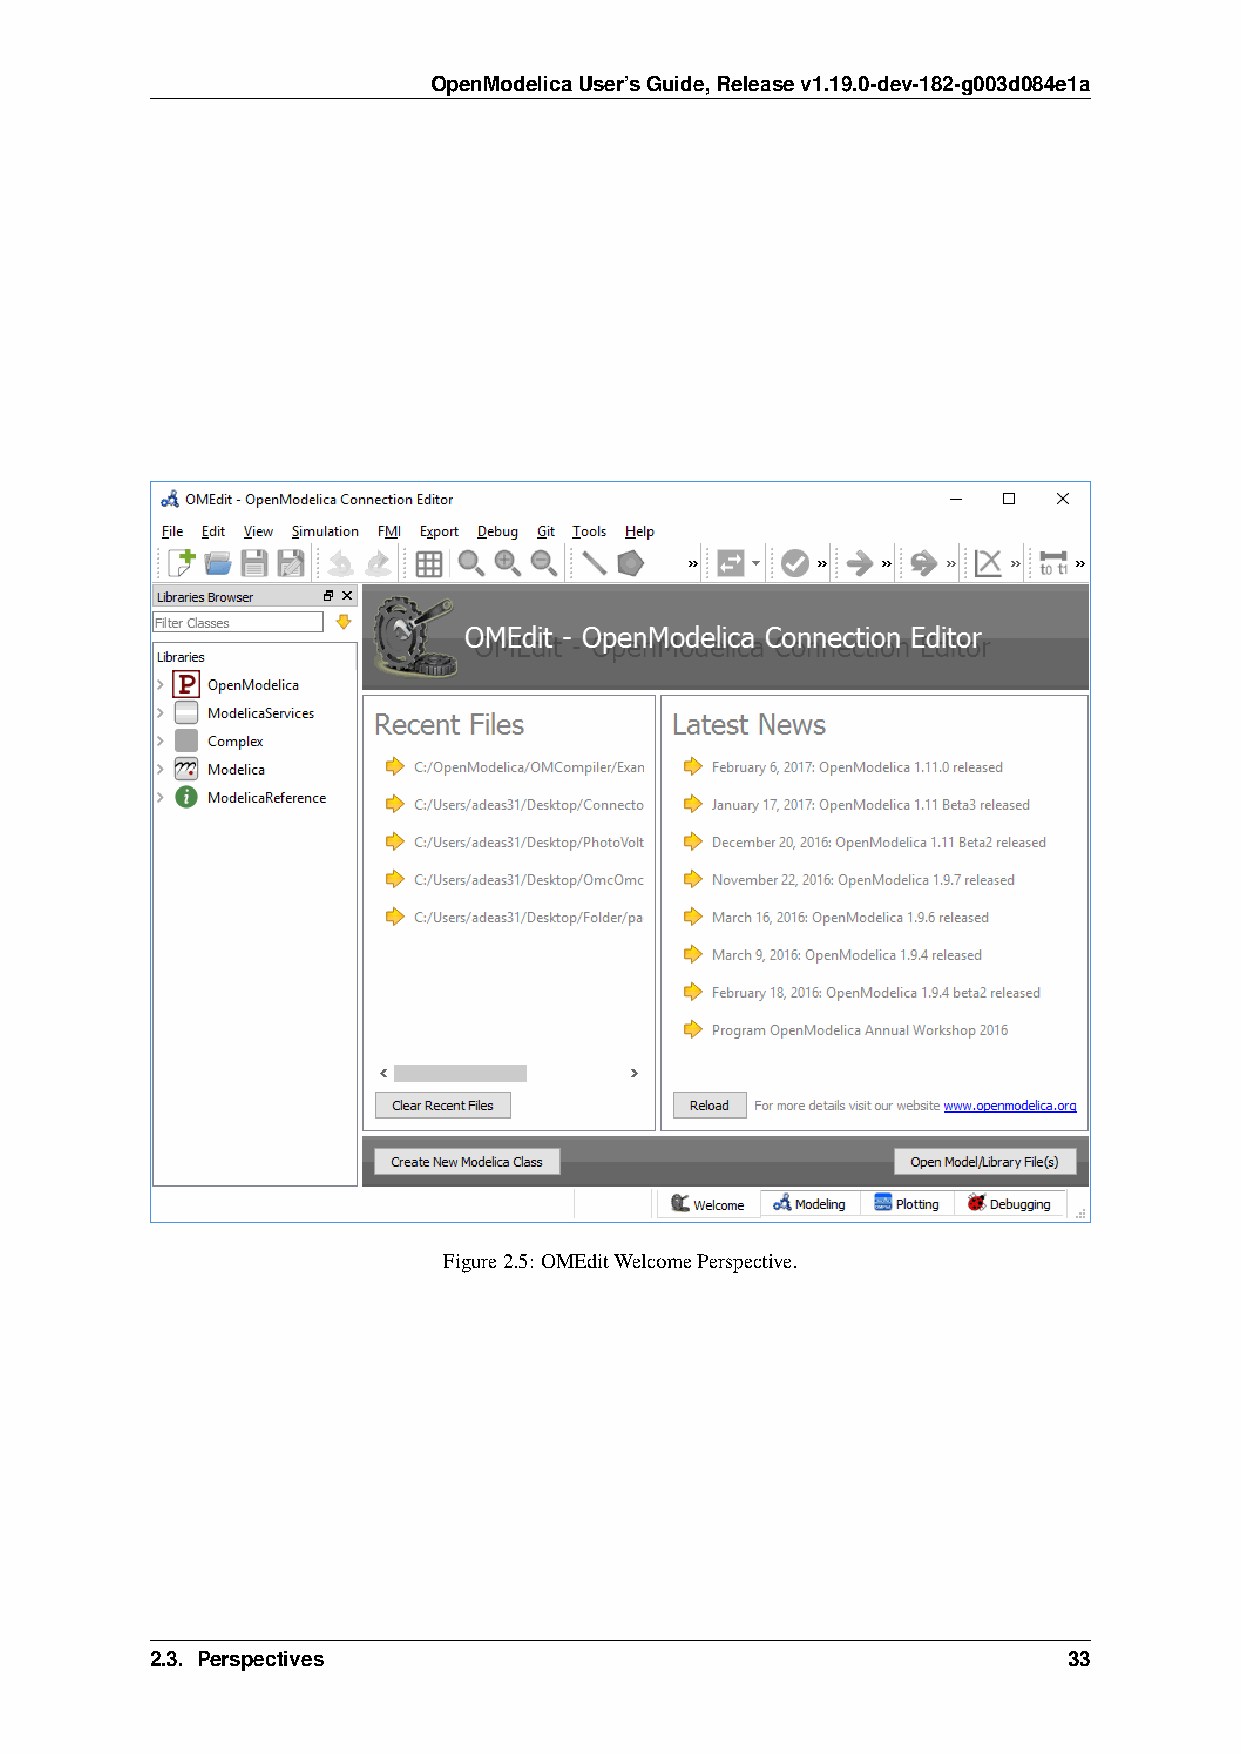
OpenModelicaUser’sGuide,Releasev1.19.0-dev-182-g003d084e1a
 Figure2.5: OMEditWelcomePerspective.
 2.3. Perspectives                                            33